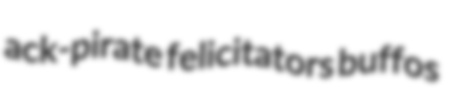
ack-pirate felicitators buffos